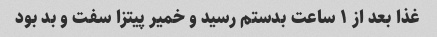
غذا بعد از ۱ ساعت بدستم رسید و خمیر پیتزا سفت و بد بود